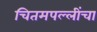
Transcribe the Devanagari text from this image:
चितमपल्लींचा